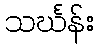
သင်္ဃန်း